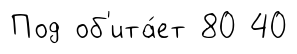
Под об'ита́ет 80 40